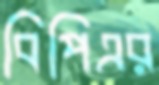
বিপিএর